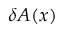
\delta A ( x )